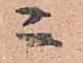
ニ